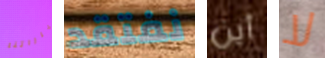
خياراتنا نفتقد أين لا